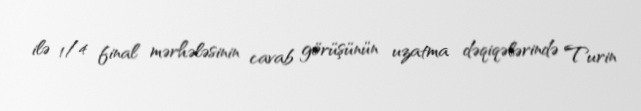
ilə 1/4 final mərhələsinin cavab görüşünün uzatma dəqiqələrində Turin